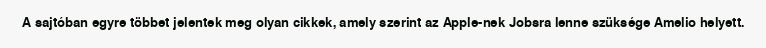
A sajtóban egyre többet jelentek meg olyan cikkek, amely szerint az Apple-nek Jobsra lenne szüksége Amelio helyett.